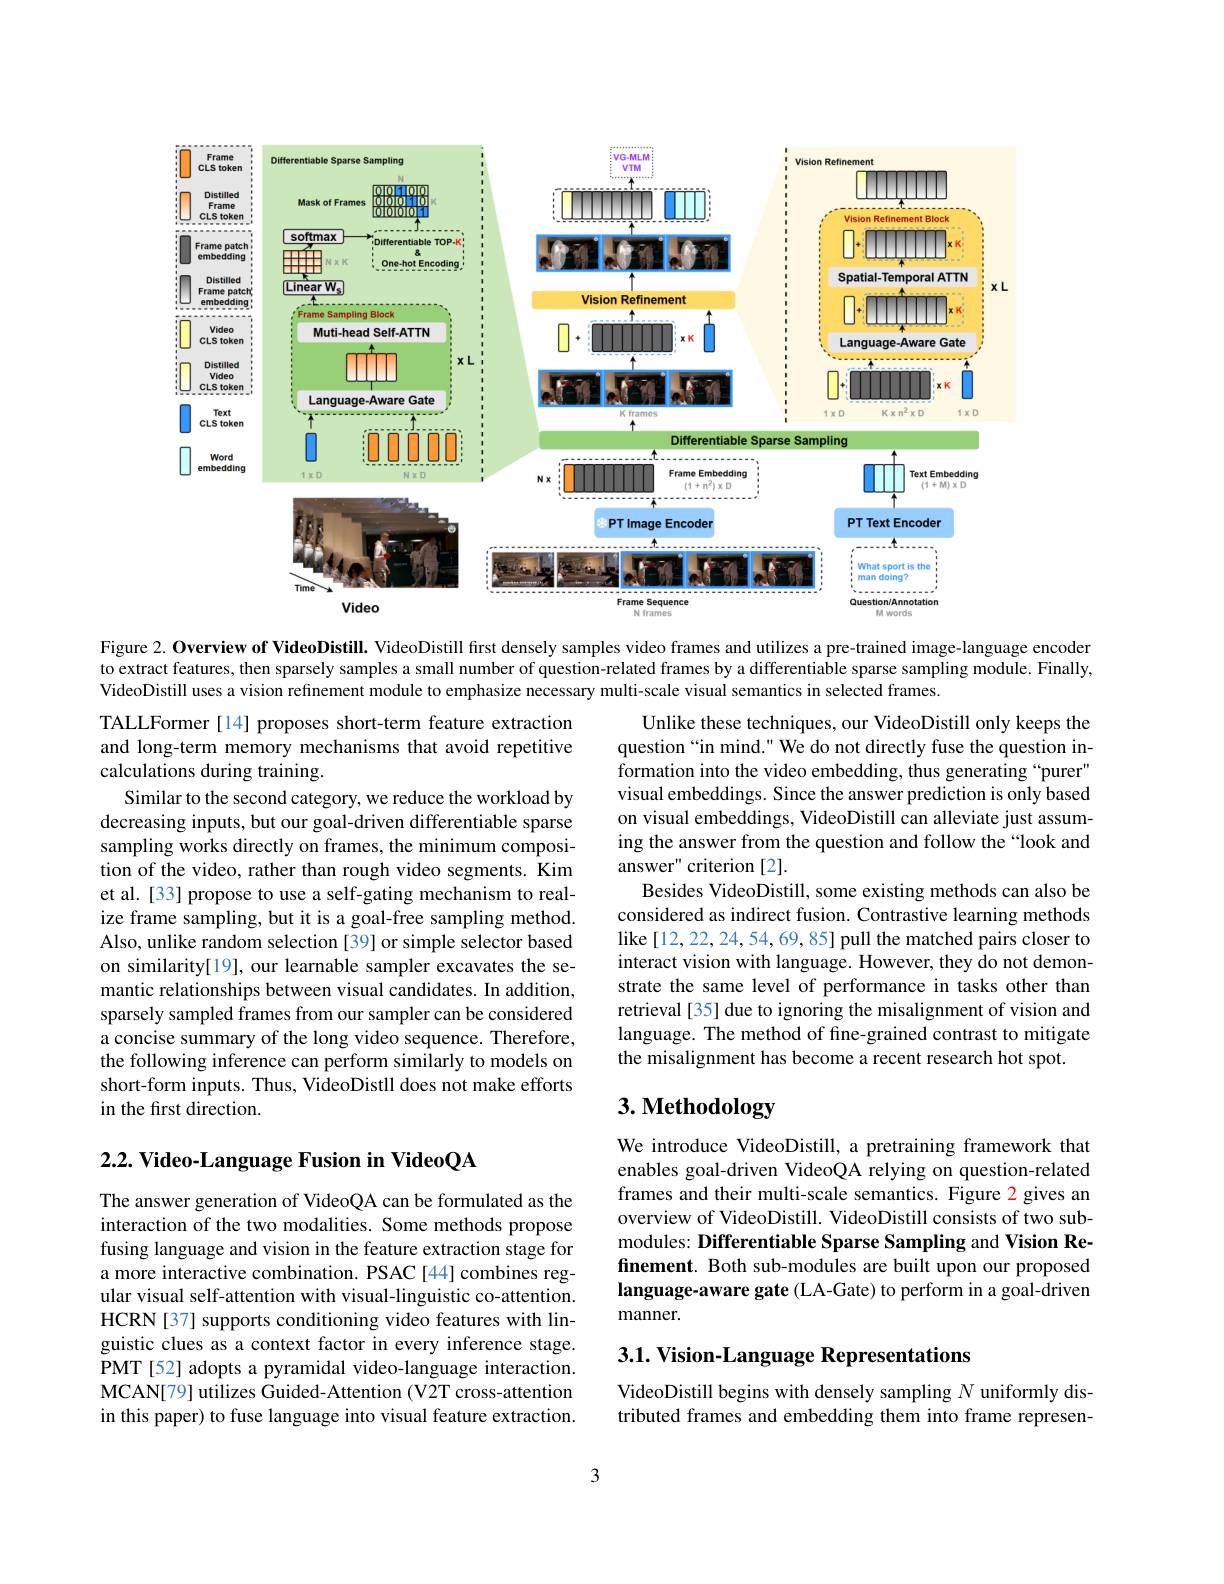
<FigureHere>

Figure 2. Overview of VideoDistill. VideoDistill first densely samples video frames and utilizes a pre-trained image-language encoder to extract features, then sparsely samples a small number of question-related frames by a differentiable sparse sampling module. Finally, VideoDistill uses a vision refinement module to emphasize necessary multi-scale visual semantics in selected frames.

Unlike these techniques, our VideoDistill only keeps the question “in mind." We do not directly fuse the question information into the video embedding, thus generating“purer” visual embeddings. Since the answer prediction is only based on visual embeddings, VideoDistill can alleviate just assuming the answer from the question and follow the“look and answer" criterion [2].
Besides VideoDistill, some existing methods can also be considered as indirect fusion. Contrastive learning methods like [12,22,24,54,69,85] pull the matched pairs closer to interact vision with language. However, they do not demonstrate the same level of performance in tasks other than retrieval[35] due to ignoring the misalignment of vision and language. The method of fine-grained contrast to mitigate the misalignment has become a recent research hot spot.

TALLFormer [14] proposes short-term feature extraction and long-term memory mechanisms that avoid repetitive calculations during training.
Similar to the second category, we reduce the workload by decreasing inputs, but our goal-driven differentiable sparse sampling works directly on frames, the minimum composition of the video, rather than rough video segments. Kim et al. [33] propose to use a self-gating mechanism to realize frame sampling, but it is a goal-free sampling method. Also, unlike random selection [39] or simple selector based on similarity[19], our learnable sampler excavates the semantic relationships between visual candidates. In addition, sparsely sampled frames from our sampler can be considered a concise summary of the long video sequence. Therefore, the following inference can perform similarly to models on short-form inputs. Thus, VideoDistll does not make efforts in the first direction.

# 3. Methodology

## $2. 2. \textbf{ Video- Language Fusion in VideoQA}$

We introduce VideoDistill, a pretraining framework that enables goal-driven VideoQA relying on question-related frames and their multi-scale semantics. Figure 2 gives an overview of VideoDistill. VideoDistill consists of two submodules: Differentiable Sparse Sampling and Vision Refinement. Both sub-modules are built upon our proposed language-aware gate (LA-Gate) to perform in a goal-driven manner.

The answer generation of VideoQA can be formulated as the interaction of the two modalities. Some methods propose fusing language and vision in the feature extraction stage for a more interactive combination. PSAC[44] combines regular visual self-attention with visual-linguistic co-attention. HCRN [37] supports conditioning video features with linguistic clues as a context factor in every inference stage. PMT [52] adopts a pyramidal video-language interaction. MCAN[79] utilizes Guided-Attention (V2T cross-attention in this paper) to fuse language into visual feature extraction.

## 3.1. Vision-Language Representations

VideoDistill begins with densely sampling $N$ uniformly distributed frames and embedding them into frame represen-

3